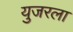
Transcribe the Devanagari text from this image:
युजरला